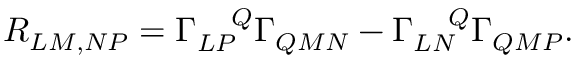
R _ { L M , N P } = \Gamma _ { L P } ^ { ~ ~ ~ Q } \Gamma _ { Q M N } - \Gamma _ { L N } ^ { ~ ~ ~ Q } \Gamma _ { Q M P } .